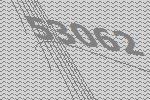
53062